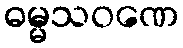
ဓမ္မသဝဏေ